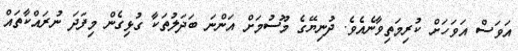
އަވަސް އަވަހަށް ކުރިމަތިވާނެއެވެ. ދުނިޔޭގެ މޫސުމަށް އަންނަ ބަދަލުތަކާ ގުޅިގެން މިފަދަ ނުރައްކާތައް